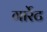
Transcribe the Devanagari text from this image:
गार्रेट